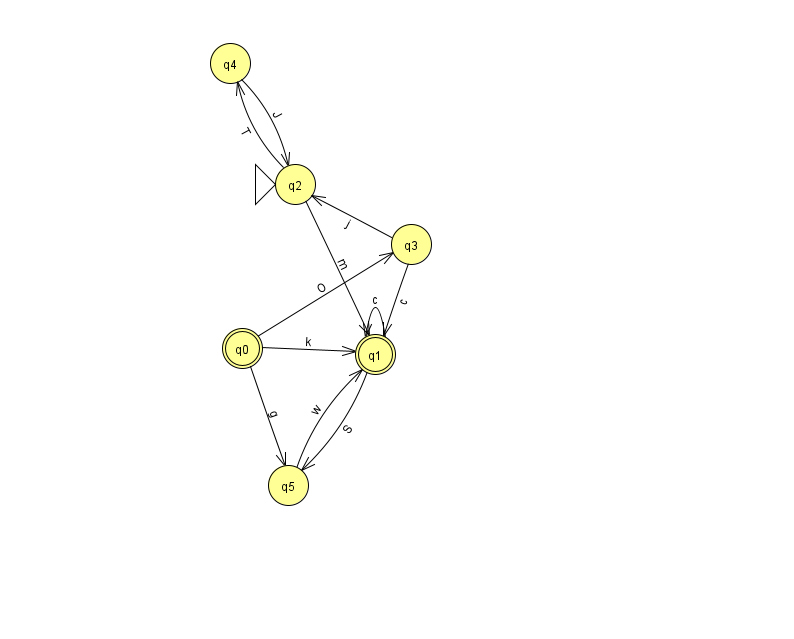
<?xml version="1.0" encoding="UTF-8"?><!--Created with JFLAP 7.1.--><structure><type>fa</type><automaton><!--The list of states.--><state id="0" name="q0"><x>242.0</x><y>335.0</y><final/></state><state id="1" name="q1"><x>375.0</x><y>341.0</y><final/></state><state id="2" name="q2"><x>295.0</x><y>171.0</y><initial/></state><state id="3" name="q3"><x>411.0</x><y>231.0</y></state><state id="4" name="q4"><x>230.0</x><y>50.0</y></state><state id="5" name="q5"><x>288.0</x><y>472.0</y></state><!--The list of transitions.--><transition><from>4</from><to>2</to><read>J</read></transition><transition><from>0</from><to>3</to><read>O</read></transition><transition><from>1</from><to>1</to><read>c</read></transition><transition><from>2</from><to>1</to><read>m</read></transition><transition><from>1</from><to>5</to><read>S</read></transition><transition><from>3</from><to>1</to><read>c</read></transition><transition><from>0</from><to>5</to><read>g</read></transition><transition><from>5</from><to>1</to><read>w</read></transition><transition><from>0</from><to>1</to><read>k</read></transition><transition><from>2</from><to>4</to><read>T</read></transition><transition><from>3</from><to>2</to><read>j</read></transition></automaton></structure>